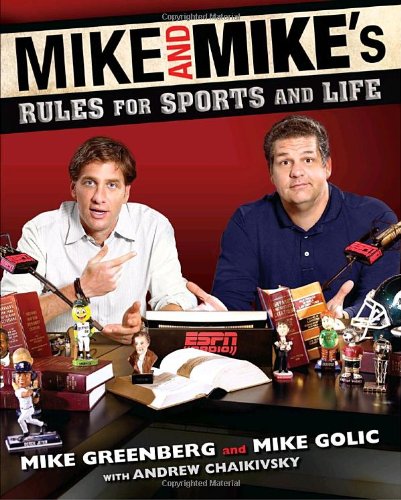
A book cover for Mike and Mike's Rules for Sports and Life; Mike Greenberg; Humor & Entertainment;